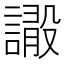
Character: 𧫫